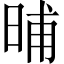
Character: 晡